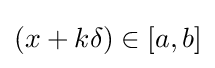
(x+k\delta )\in [a,b]